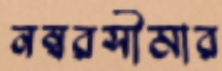
নম্বরসীমার